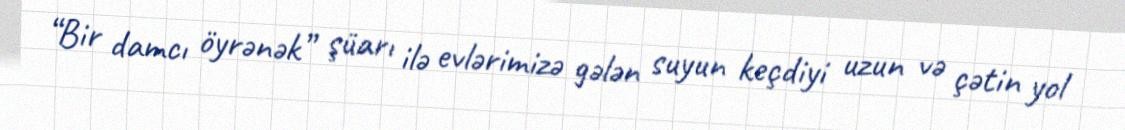
“Bir damcı öyrənək” şüarı ilə evlərimizə gələn suyun keçdiyi uzun və çətin yol